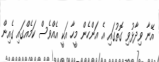
އޭނާ ވިދާޅުވި ގޮތުގައި އެ އަންހެން މީހާ އަކީ އެއްވެސް ކަމެއްގައި ގެއިން